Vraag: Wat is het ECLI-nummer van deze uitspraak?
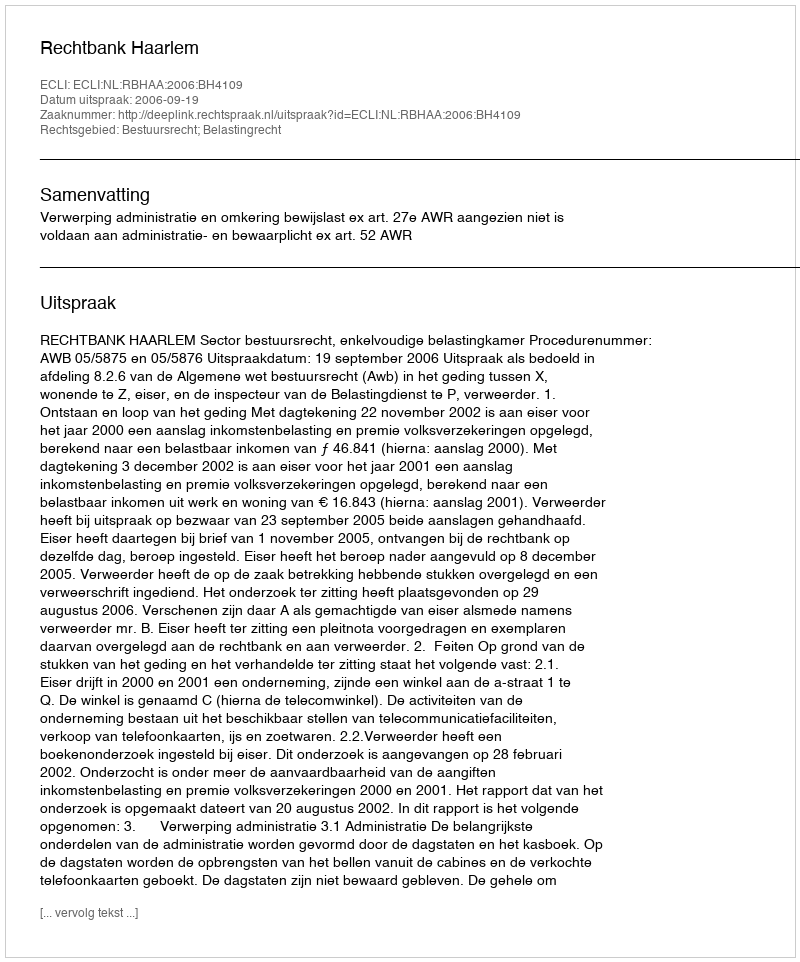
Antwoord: ECLI:NL:RBHAA:2006:BH4109